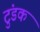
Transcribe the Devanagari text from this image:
टुंडक